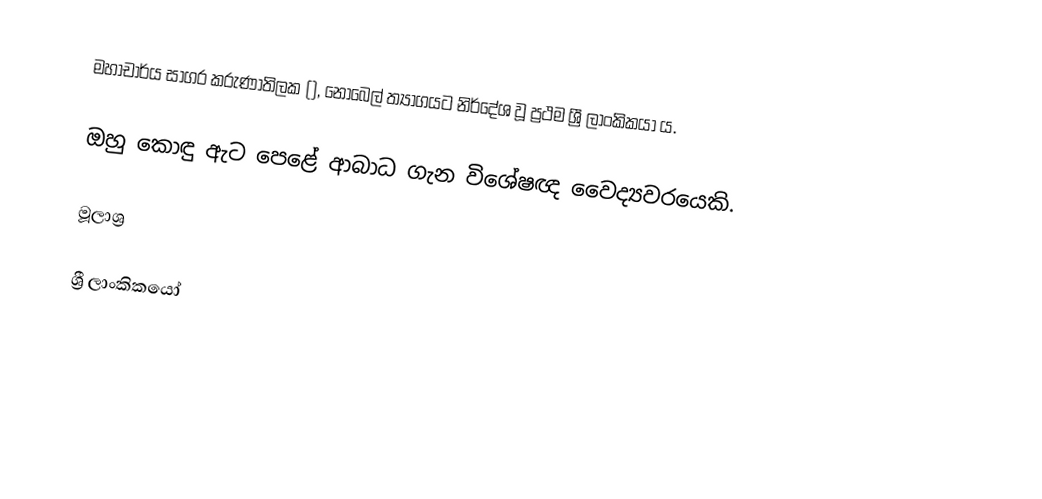
මහාචාර්ය සාගර කරුණාතිලක (), නොබෙල් ත්‍යාගයට නිර්දේශ වූ ප්‍රථම ශ්‍රී ලාංකිකයා ය.

ඔහු කොඳු ඇට පෙළේ ආබාධ ගැන විශේෂඥ වෛද්‍යවරයෙකි.

මූලාශ්‍ර

ශ්‍රී ලාංකිකයෝ